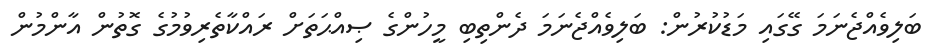
ބަލިވެއްޖެނަމަ ގޭގައި މަޑުކުރުން: ބަލިވެއްޖެނަމަ ދެންތިބި މީހުންގެ ޞިއްޙަތަށް ރައްކާތެރިވުމުގެ ގޮތުން އާންމުން